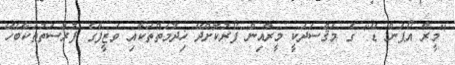
"މީރާ އޯޕަން ޑޭ" ގެ މަޤްސަދަކީ މީރާއިން ފޯރުކޮށްދޭ ޚިދުމަތްތަކާއި ވަޒީފާގެ ފުރުސަތުތަކާބެހޭ